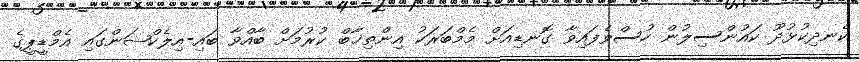
ކެނދިކުޅުދޫ ކައުންސިލުން ހުސްވެފައިވާ ގޮނޑިއަށް މެމްބަރަކު އިންތިޚާބް ކުރުމަށް ބާއްވާ ބައި-އިލެކްޝަންގައި އެމްޑީޕީގެ